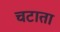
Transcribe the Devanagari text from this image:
चटाता